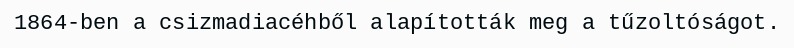
1864-ben a csizmadiacéhből alapították meg a tűzoltóságot.